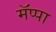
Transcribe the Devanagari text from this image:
मॅप्पा